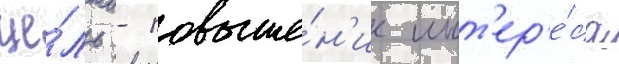
це́ль - повыше́н'ие инт'ер'е́са